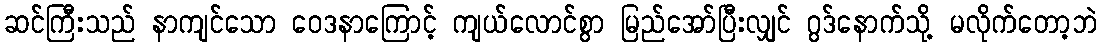
ဆင်ကြီးသည် နာကျင်သော ဝေဒနာကြောင့် ကျယ်လောင်စွာ မြည်အော်ပြီးလျှင် ဂွဒ်နောက်သို့ မလိုက်တော့ဘဲ